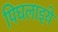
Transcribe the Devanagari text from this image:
पिघलाइये